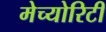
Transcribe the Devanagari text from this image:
मेच्योरिटी